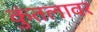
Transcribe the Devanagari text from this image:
कुंतलावर